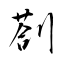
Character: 剳